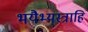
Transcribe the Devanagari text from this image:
भयैभ्यस्त्राहि